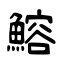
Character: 鰫